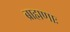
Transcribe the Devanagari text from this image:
ब्राह्मणाः